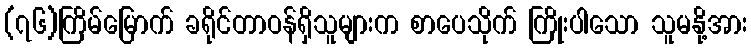
(၇၆)ကြိမ်မြောက် ခရိုင်တာဝန်ရှိသူများက စာပေသိုက် ကြိုးပါသော သူမနို့အား